Malaria in the Punjab - Number 46
Disease focus: Malaria
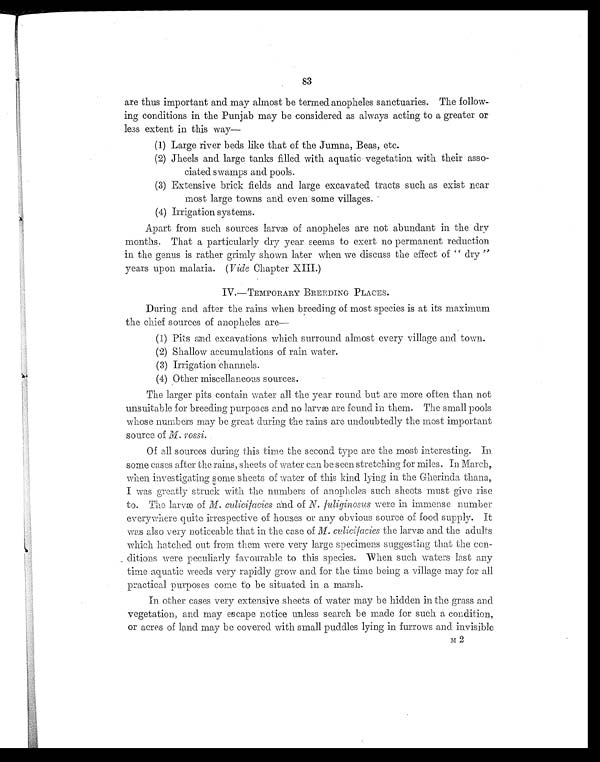
83
are thus important and may almost be termed anopheles sanctuaries. The follow-
ing conditions in the Punjab may be considered as always acting to a greater or
less extent in this way—
(1) Large river beds like that of the Jumna, Beas, etc.
(2) Jheels and large tanks filled with aquatic vegetation with their asso-
ciated swamps and pools.
(3) Extensive brick fields and large excavated tracts such as exist near
most large towns and even some villages.
(4) Irrigation systems.
Apart from such sources larvæ of anopheles are not abundant in the dry
months. That a particularly dry year seems to exert no permanent reduction
in the genus is rather grimly shown later when we discuss the effect of " dry "
years upon malaria. ( Vide Chapter XIII.)
IV.—TEMPORARY BREEDING PLACES.
During and after the rains when breeding of most species is at its maximum
the chief sources of anopheles are—
(1) Pits and excavations which surround almost every village and town.
(2) Shallow accumulations of rain water.
(3) Irrigation channels.
(4) Other miscellaneous sources.
The larger pits contain water all the year round but are more often than not
unsuitable for breeding purposes and no larvæ are found in them. The small pools
whose numbers may be great during the rains are undoubtedly the most important
source of M. rossi.
Of all sources during this time the second type are the most interesting. In
some cases after the rains, sheets of water can be seen stretching for miles. In March,
when investigating some sheets of water of this kind lying in the Gherinda thana,
I was greatly struck with the numbers of anopheles such sheets must give rise
to. The larvæ of M. culicifacies and of N. fuliginosus were in immense number
everywhere quite irrespective of houses or any obvious source of food supply. It
was also very noticeable that in tile Case of M. culicifacies the larvæ and the adults
which hatched out from them were very large specimens suggesting that the con-
ditions were peculiarly favourable to this species. When such waters last any
time aquatic weeds very rapidly grow and for the time being a village may for all
practical purposes come to be situated in a marsh.
In other cases very extensive sheets of water may be hidden in the grass and
vegetation, and may escape notice unless search be made for such a condition,
or acres of land may be covered with small puddles lying in furrows and invisible